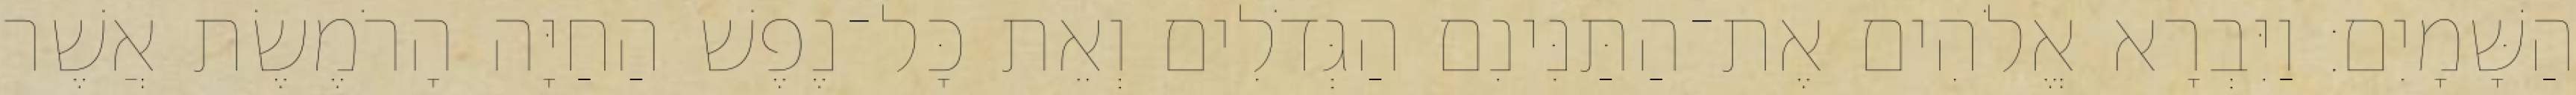
הַשָּׁמָיִם׃ וַיִּבְרָא אֱלֹהִים אֶת־הַתַּנִּינִם הַגְּדֹלִים וְאֵת כָּל־נֶפֶשׁ הַחַיָּה הָרֹמֶשֶׂת אֲשֶׁר